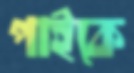
পাইকে